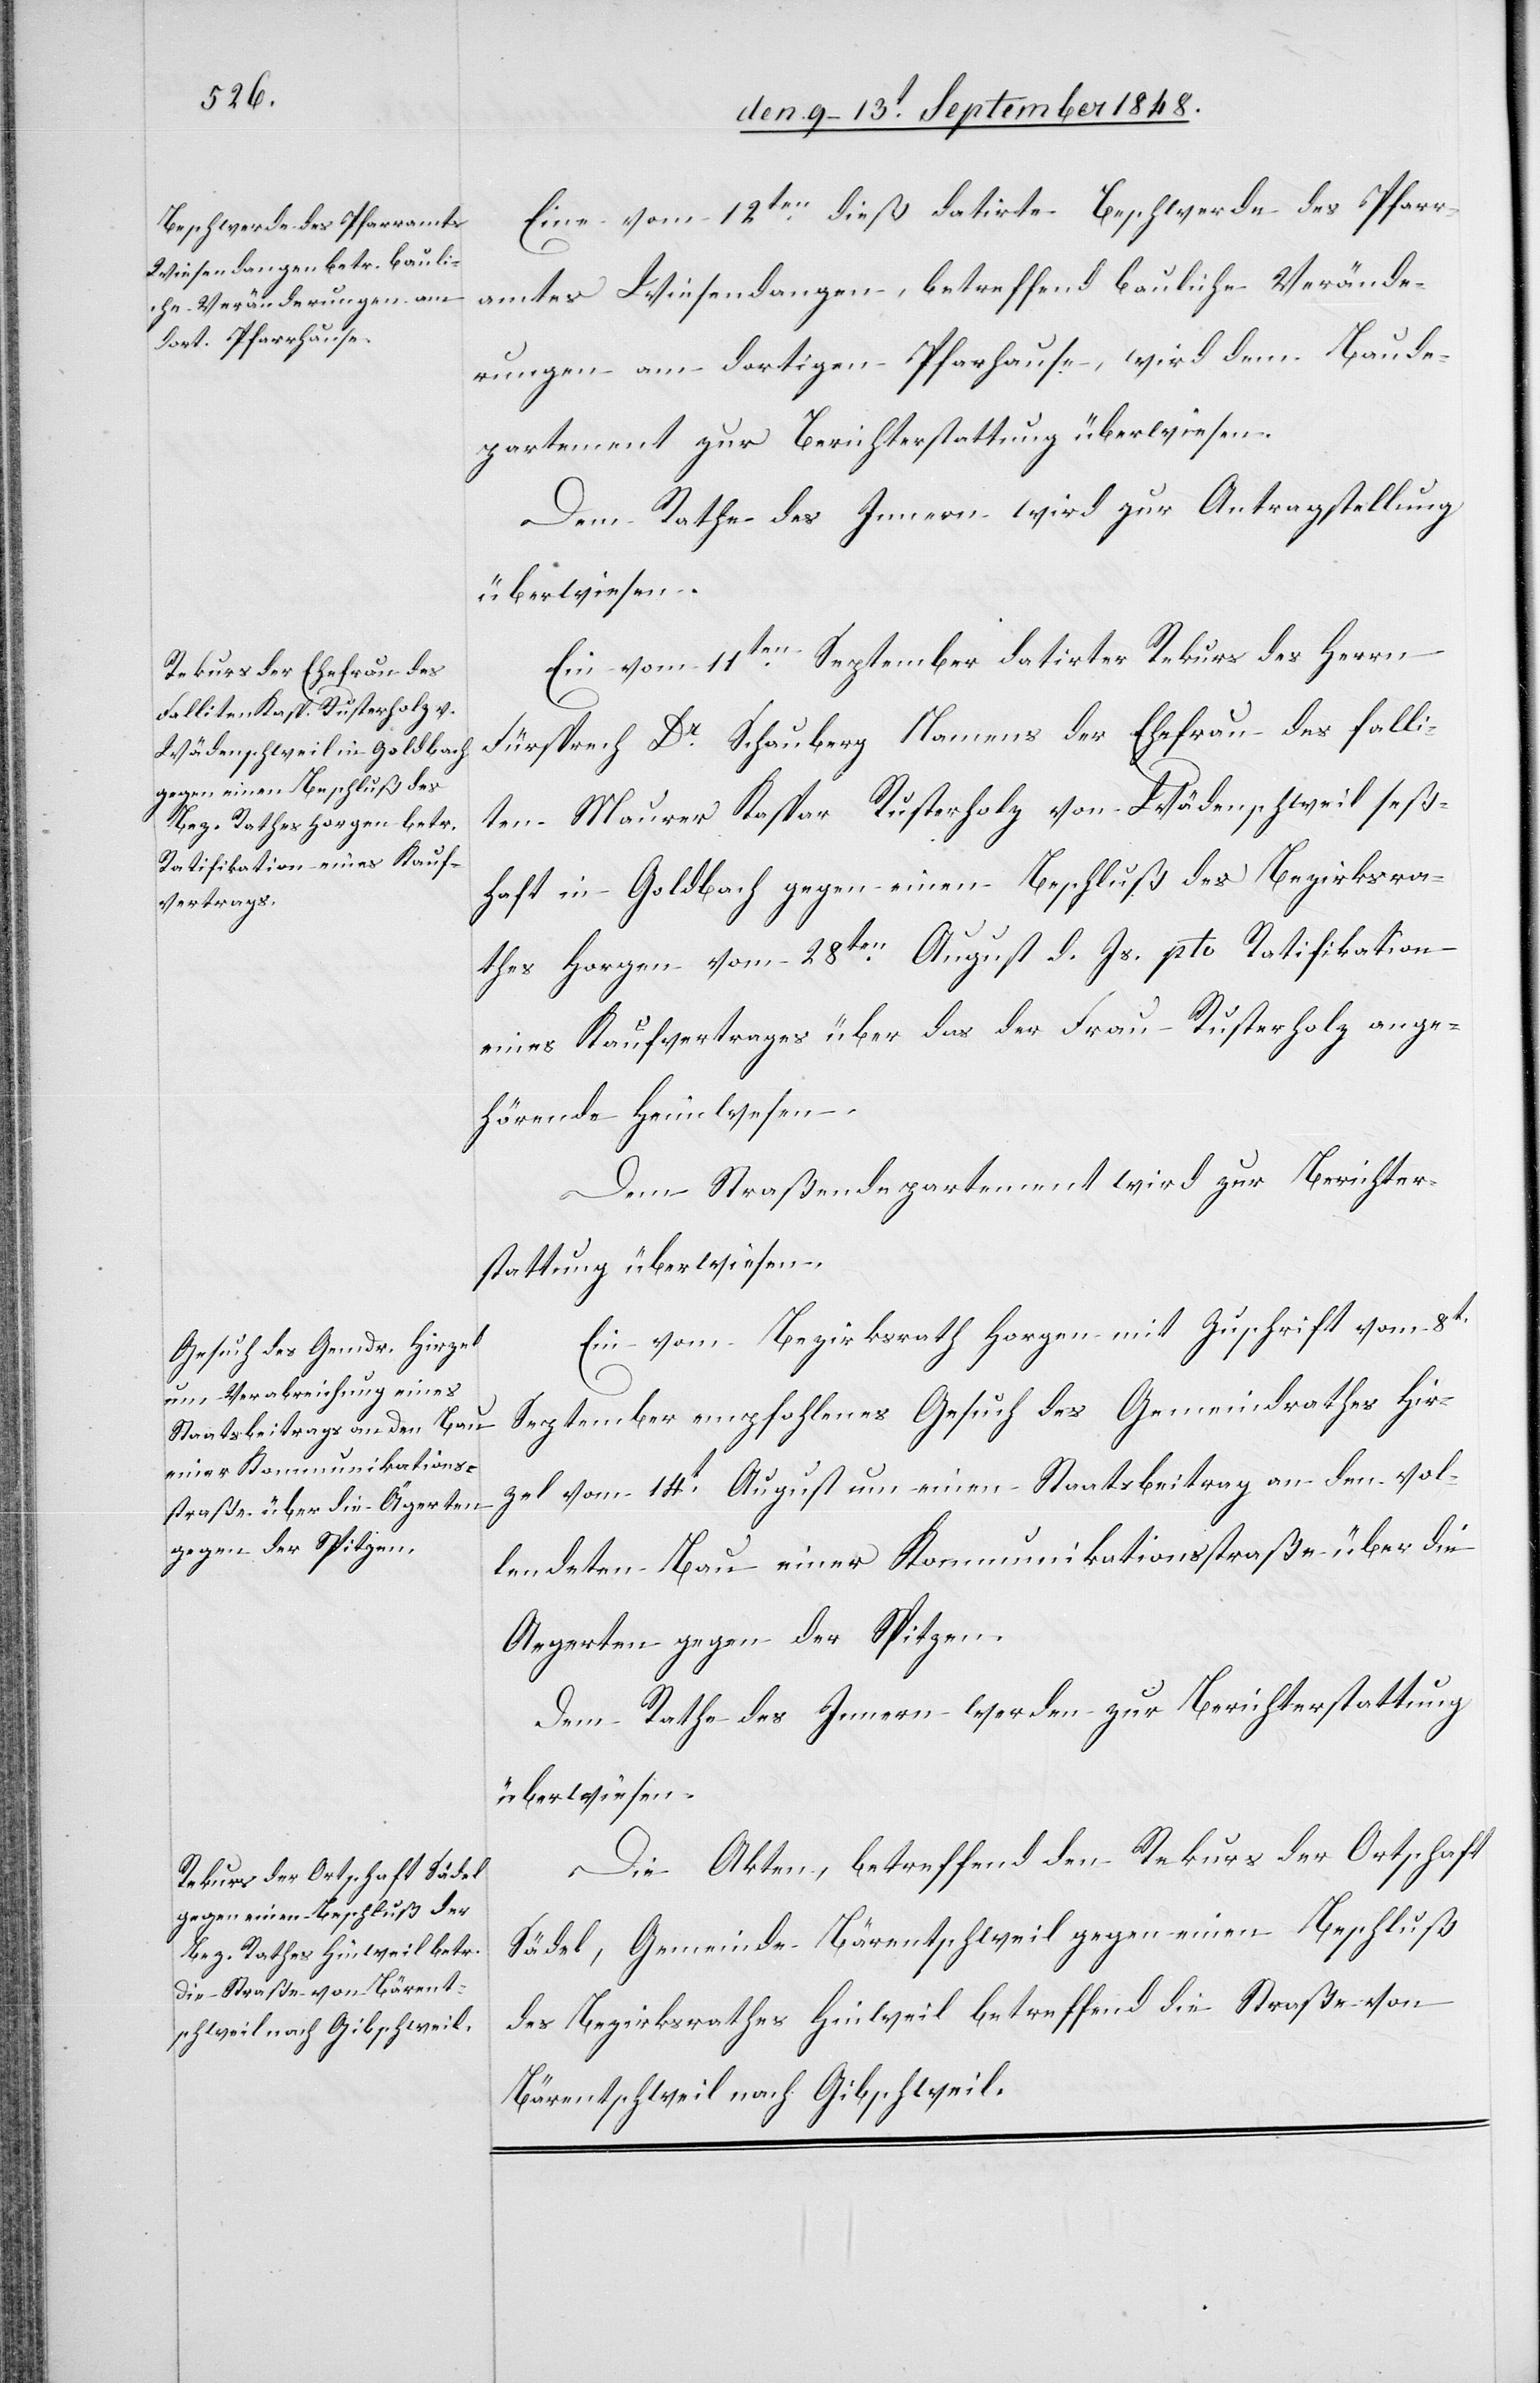
den 13t September 1848.]
Eine vom 12ten dieß datirte Beschwerde des Pfarr¬
amtes Wiesendangen, betreffend bauliche Verände¬
rungen am dortigen Pfarhause, wird dem Baude¬
partement zur Berichterstattung überwiesen.
Dem Rathe des Innern wird zur Antragstellung
überwiesen.
Ein vom 11ten September datirter Rekurs des Herrn
Fürsprech Dr Schauberg Namens der Ehefrau des falli¬
ten Maurer Kaspar Rusterholz von Wädenschweil seß¬
haft in Goldbach gegen einen Beschluß des Bezirksra¬
thes Horgen vom 28ten August d. Js. pto Ratifikation
eines Kaufvertrages über das der Frau Rusterholz ange¬
hörende Heimwesen.
Dem Straßendepartement wird zur Berichter¬
stattung überwiesen:
Ein vom Bezirksrath Horgen mit Zuschrift vom 8t
September empfohlenes Gesuch des Gemeindrathes Hir¬
zel vom 14t August um einen Staatsbeitrag an den vol¬
lendeten Bau einer Kommunikationsstraße über die
Aegerten gegen der Spitzen.
Dem Rathe des Innern werden zur Berichterstattung
überwiesen:
Die Akten, betreffend den Rekurs der Ortschaft
Sädel, Gemeinde Bärentschweil gegen einen Beschluß
des Bezirksrathes Hinweil betreffend die Straße von
Bärentschweil nach Gibschweil.